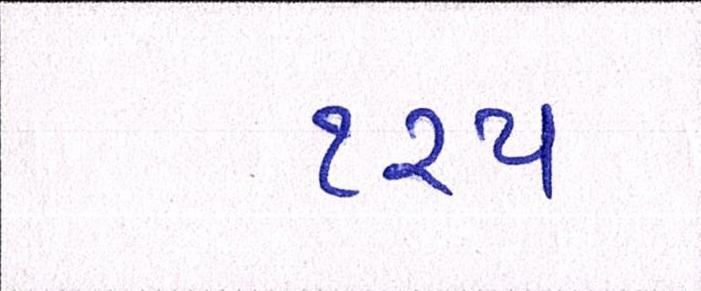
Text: ૧૨૫